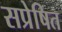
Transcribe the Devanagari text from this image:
सप्रेषित